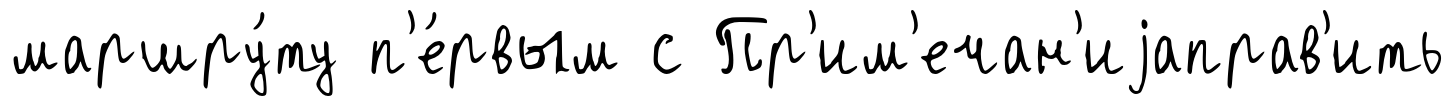
маршру́ту п'е́рвым с Пр'им'ечан'иjаправ'ить